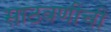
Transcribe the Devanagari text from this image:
साठवणीची